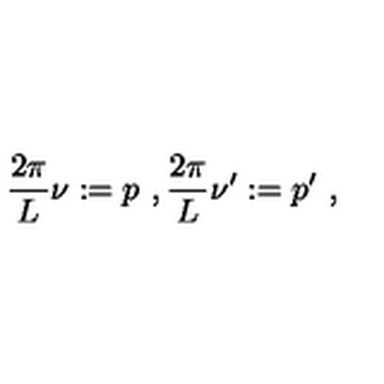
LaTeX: \frac { 2 \pi } { L } \nu : = p \ , \frac { 2 \pi } { L } \nu ^ { \prime } : = p ^ { \prime } \ ,